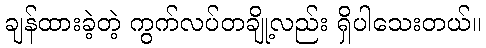
ချန်ထားခဲ့တဲ့ ကွက်လပ်တချို့လည်း ရှိပါသေးတယ်။